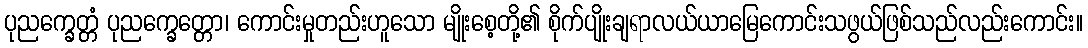
ပုညက္ခေတ္တံ ပုညက္ခေတ္တော၊ ကောင်းမှုတည်းဟူသော မျိုးစေ့တို့၏ စိုက်ပျိုးချရာလယ်ယာမြေကောင်းသဖွယ်ဖြစ်သည်လည်းကောင်း။